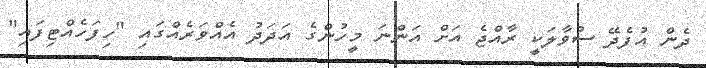
ދެން އުފެދޭ ސުވާލަކީ ރާއްޖެ އަށް އަންނަ މީހުންގެ އަދަދު އެއްވަރެއްގައި "ހިފަހެއްޓިފައި"